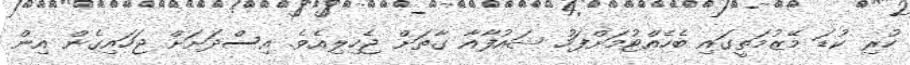
ހުރި ކުޑަ މޭޒުމަތީގައި ބެހެއްޓުމަށްފަހު ޝައުފާއާ ގާތަށް ޖެހިލިއެވެ. އިސްދަށަށް ޖަހައިގެން އިން